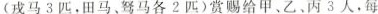
(戎马3匹，田马、驽马各2匹)赏赐给甲、乙、丙3人，每